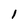
Character: 1